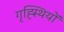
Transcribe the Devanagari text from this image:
गृह्स्थियों